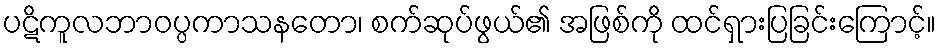
ပဋိကူလဘာဝပ္ပကာသနတော၊ စက်ဆုပ်ဖွယ်၏ အဖြစ်ကို ထင်ရှားပြခြင်းကြောင့်။